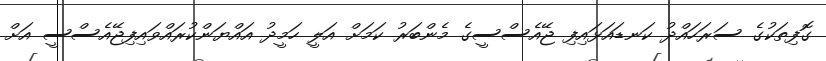
ގޮފިތަކުގެ ސަރަހައްދު ކަނޑައަޅައިފި ޖޭއެސްސީގެ މެންބަރު ކަމަށް އަލީ ހަމީދު އައްޔަންކުރައްވައިފިޖޭއެސްސީ އަށް